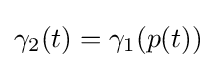
\gamma _{2}(t)=\gamma _{1}(p(t))